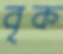
বৃক